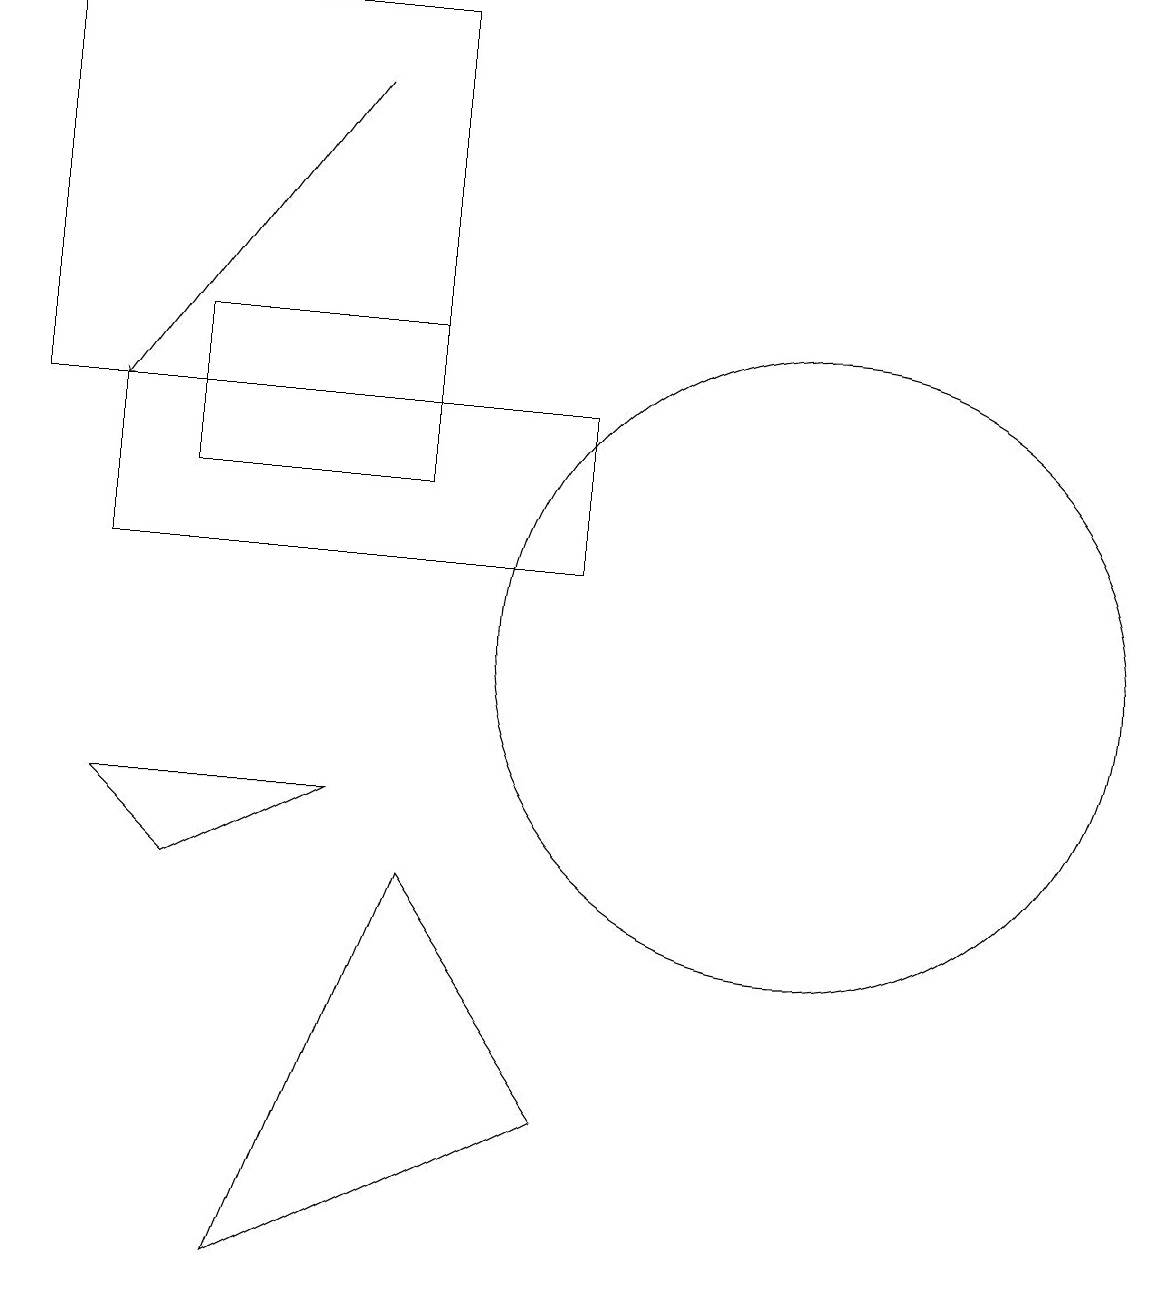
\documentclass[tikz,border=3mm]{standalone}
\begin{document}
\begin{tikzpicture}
\draw (10,11) circle (0);
\draw (7,13) rectangle (4,15);
\draw (9,5) -- (7,8) -- (5,3) -- cycle;
\draw (12,11) circle (4);
\draw (7,19) rectangle (2,14);
\draw (3,9) -- (6,9) -- (4,8) -- cycle;
\draw (3,12) rectangle (9,14);
\draw[->] (6,18) -- (3,14);
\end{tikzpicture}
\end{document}